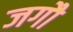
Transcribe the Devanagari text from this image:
जगौ